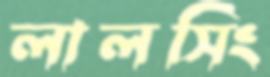
লালসিং